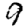
Digit: 9